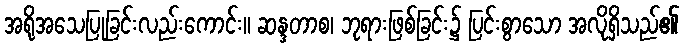
အရိုအသေပြုခြင်းလည်းကောင်း။ ဆန္ဒတာစ၊ ဘုရားဖြစ်ခြင်း၌ ပြင်းစွာသော အလိုရှိသည်၏